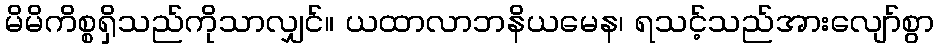
မိမိကိစ္စရှိသည်ကိုသာလျှင်။ ယထာလာဘနိယမေန၊ ရသင့်သည်အားလျော်စွာ